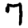
Digit: 7